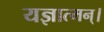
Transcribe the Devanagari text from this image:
यज्ञात्मन्‌।